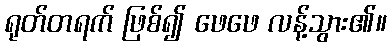
ရုတ်တရက် ဖြစ်၍ ဖေဖေ လန့်သွား၏။